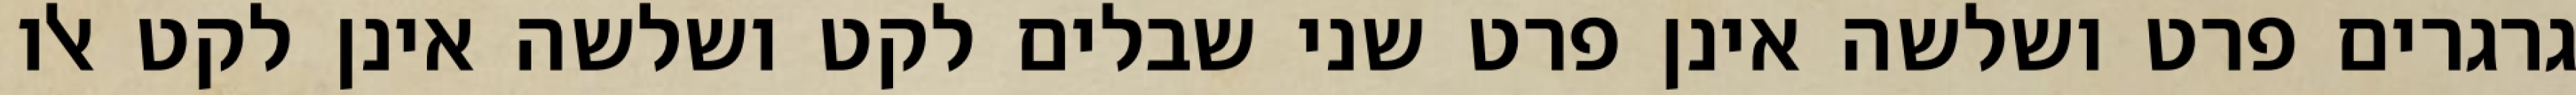
גרגרים פרט ושלשה אינן פרט שני שבלים לקט ושלשה אינן לקט אלו